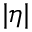
| \eta |